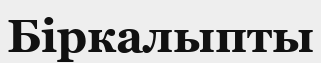
Біркалыпты